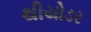
થીયોડર